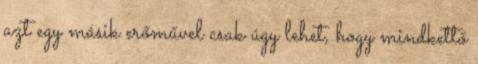
azt egy másik erőművel csak úgy lehet, hogy mindkettő